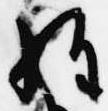
経